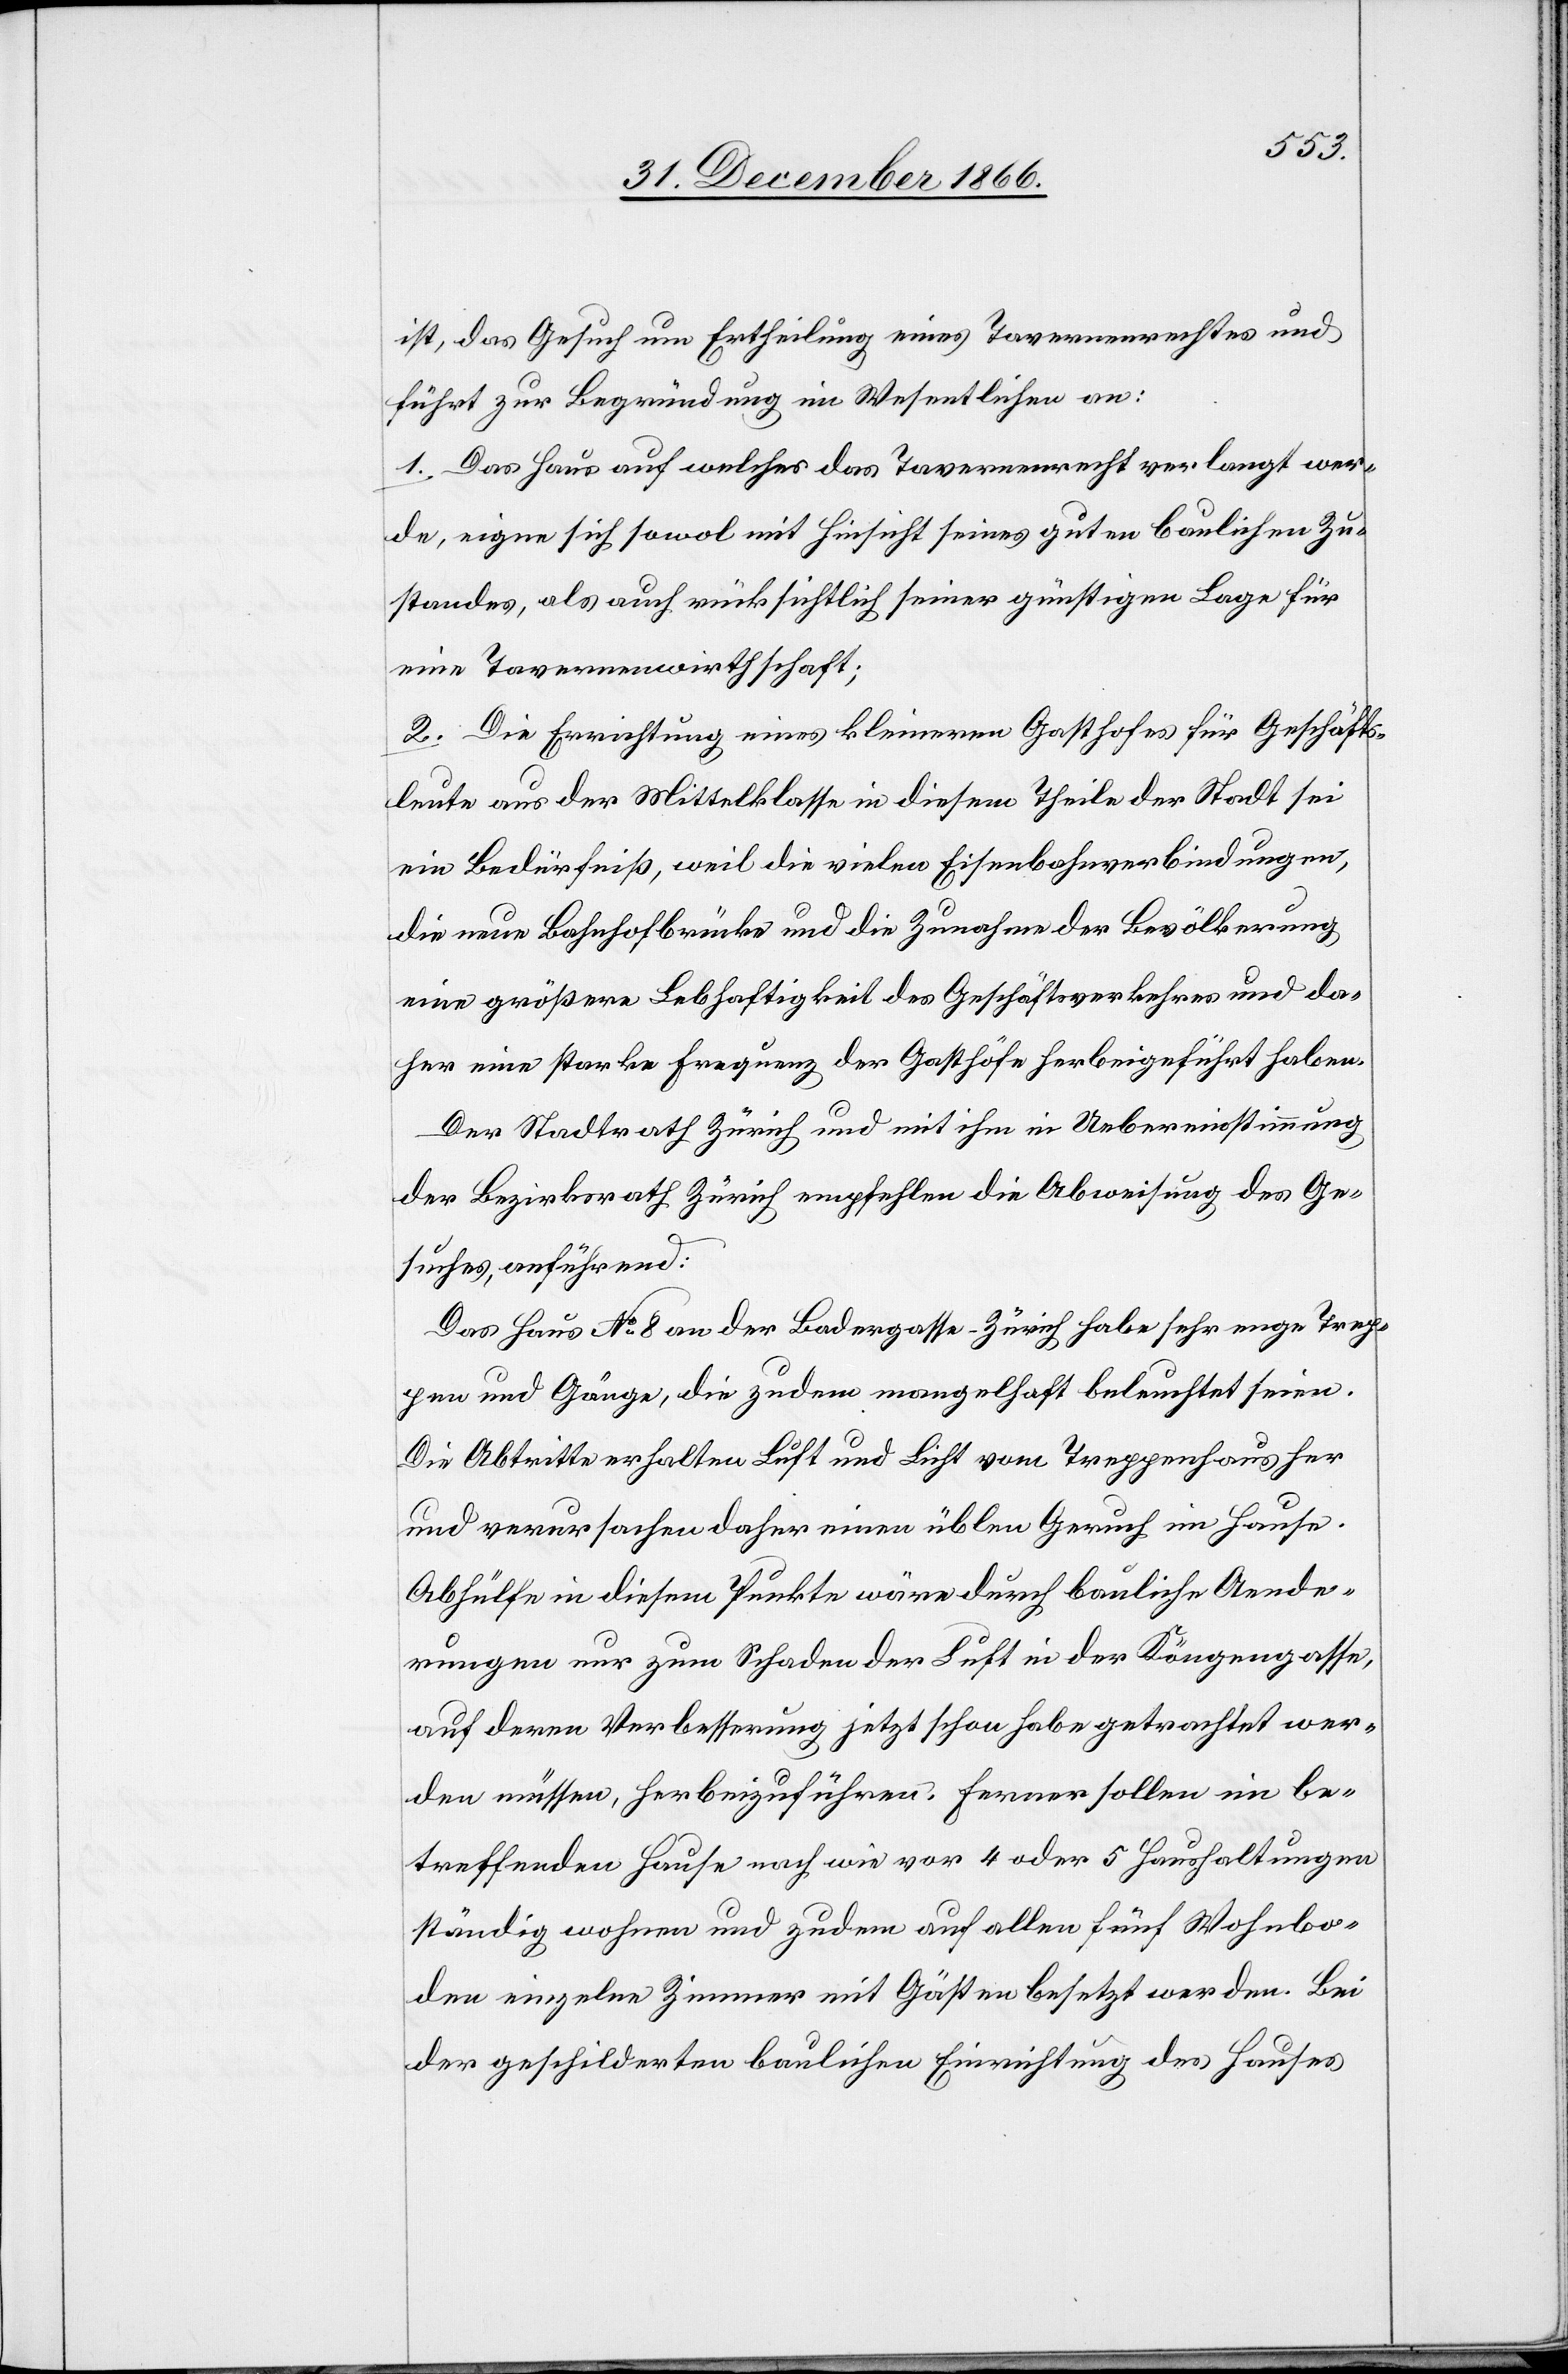
ist, das Gesuch um Ertheilung eines Tavernenrechtes und
führt zur Begründung im Wesentlichen an:
1. Das Haus auf welches das Tavernenrecht verlangt wer¬
de, eigne sich sowol mit Hinsicht seines guten baulichen Zu¬
standes, als auch rücksichtlich seiner günstigen Lage für
eine Tavernenwirthschaft;
2. Die Errichtung eines kleineren Gasthofes für Geschäfts¬
leute aus der Mittelklasse in diesem Theile der Stadt sei
ein Bedürfniß, weil die vielen Eisenbahnverbindungen,
die neue Bahnhofbrücke und die Zunahme der Bevölkerung
eine größere Lebhaftigkeit des Geschäftsverkehres und da¬
her eine starke Frequenz der Gasthöfe herbeigeführt haben.
Der Stadtrath Zürich und mit ihm in Uebereinstimmung
der Bezirksrath Zürich empfehlen die Abweisung des Ge¬
suches, anführend:
Das Haus No. 8 an der Badergasse-Zürich habe sehr enge Trep¬
pen und Gänge, die zudem mangelhaft beleuchtet seien.
Die Abtritte erhalten Luft und Licht vom Treppenhaus her
und verursachen daher einen üblen Geruch im Hause.
Abhülfe in diesem Punkte wäre durch bauliche Aende¬
rungen nur zum Schaden der Luft in der Köngengasse,
auf deren Verbesserung jetzt schon habe getrachtet wer¬
den müssen, herbeizuführen. Ferner sollen im be¬
streffenden Hause nach wie vor 4 oder 5 Haushaltungen
ständig wohnen und zudem auf allen fünf Wohnbo¬
den einzelne Zimmer mit Gästen besetzt werden. Bei
der geschilderten baulichen Einrichtung des Hauses